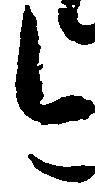
今